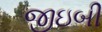
જીઇબી